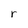
Character: r